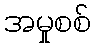
အမှုစစ်